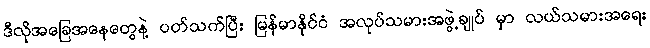
ဒီလိုအခြေအနေတွေနဲ့ ပတ်သက်ပြီး မြန်မာနိုင်ငံ အလုပ်သမားအဖွဲ့ချုပ် မှာ လယ်သမားအရေး